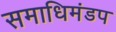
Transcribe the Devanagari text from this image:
समाधिमंडप